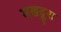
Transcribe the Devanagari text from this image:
मखदूरा